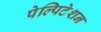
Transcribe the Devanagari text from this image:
पेल्पिटेशन